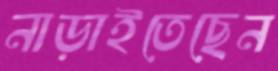
নাড়াইতেছেন